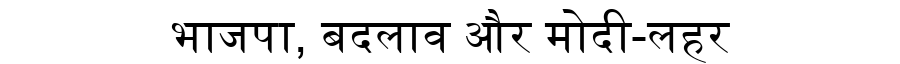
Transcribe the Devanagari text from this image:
भाजपा, बदलाव और मोदी-लहर